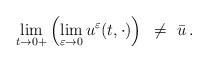
LaTeX: \begin{align*} \lim_{t\to 0+} \left( \lim_{\varepsilon\to 0} u^\varepsilon(t,\cdot)\right)~\not=~\bar u\,. \end{align*}